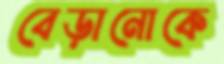
বেড়ানোকে